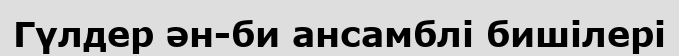
Гүлдер ән-би ансамблі бишілері